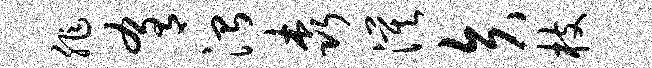
非肴治森漠矢枝